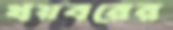
খয়বরের